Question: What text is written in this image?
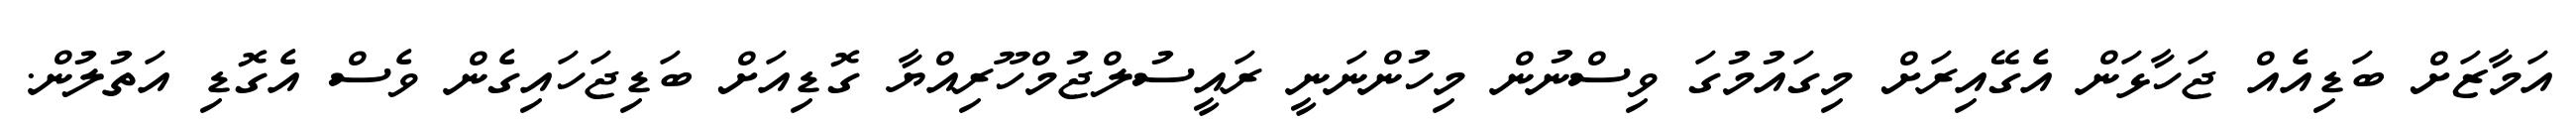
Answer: އަމާޒަށް ބަޑިއެއް ޖަހާޅަން އެގޭއިރަށް މިގައުމުގަ ވިސްނުން މިހުންނަނީ ރައީސުލްޖުމްހޫރިއްޔާ ގޮޑިއަށް ބަޑިޖަހައިގެން ވެސް އެގޮޑި އަތުލުން.